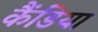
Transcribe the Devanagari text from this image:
कैंडिया